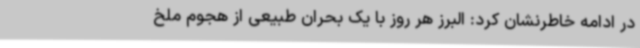
در ادامه خاطرنشان کرد: البرز هر روز با یک بحران طبیعی از هجوم ملخ